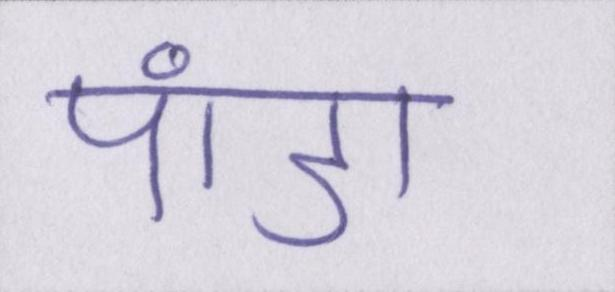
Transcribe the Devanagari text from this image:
पांडा